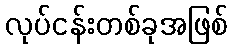
လုပ်ငန်းတစ်ခုအဖြစ်